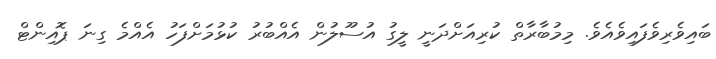
ބައިވެރިވެފައިވެއެވެ. މިމުބާރާތް ކުރިއަށްދަނީ ލީގު އުސޫލުން އެއްބުރު ކުޅުމަށްފަހު އެއްމެ ގިނަ ޕޮއިންޓް